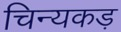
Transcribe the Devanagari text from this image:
चिन्यकड़